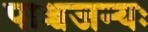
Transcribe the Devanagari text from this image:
पाञ्चजन्यः